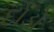
દોડો